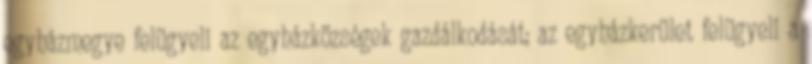
egyházmegye felügyeli az egyházközségek gazdálkodását; az egyházkerület felügyeli a